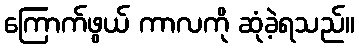
ကြောက်ဖွယ် ကာလကို ဆုံခဲ့ရသည်။